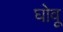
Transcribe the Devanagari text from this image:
घोवू